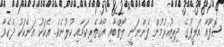
ސޮފޫއާ އަލީފުގެ ދިރިއުޅުމުން ފެންނަނީ ލޯތްބާއި އޯގާތެރިކަމާއި ކުލުނެވެ. އެކަކު އަނެކަކު ދެކެވާ